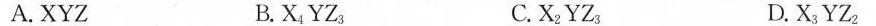
A.XYZ B.X_{4} YZ_{3} C.X_{2} YZ_{3} D.X_{3} YZ_{2}